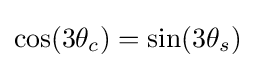
\cos(3\theta _{c})=\sin(3\theta _{s})